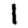
Digit: 1